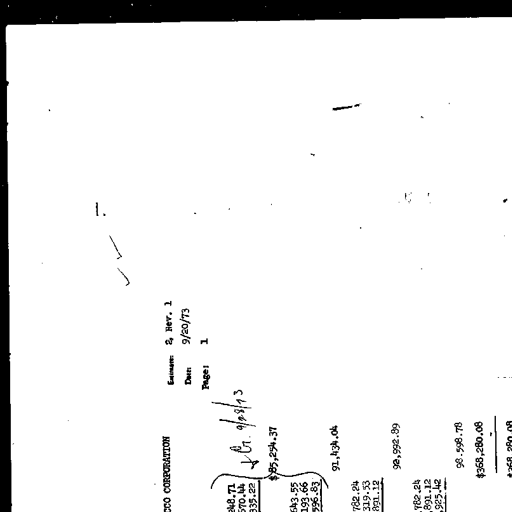
1. ✓ ✓
CCO CORPORATION Estimate: 2, Rev. 1
Date: 9/20/73
Page: 1
{ 248.71
570.44
335.22 ↙ Cr. 9/28/73
$85,254.37
{ 643.55
193.66
596.83
91,434.04
782.24
319.53
891.12
92,992.89
782.24
891.12
925.42
98,598.78
$368,280.08
268,280.08